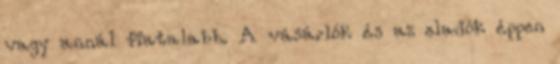
vagy annál fiatalabb. A vásárlók és az eladók éppen